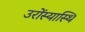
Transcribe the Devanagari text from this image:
उरोंस्यास्थि